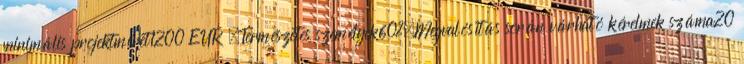
minimális projektméret1200 EUR ▪Természetes személyek60%▪Megvalósítás során várható kérelmek száma20